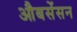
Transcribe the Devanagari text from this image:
औबसेंसन